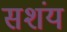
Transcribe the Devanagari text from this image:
सशंय